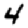
Digit: 4